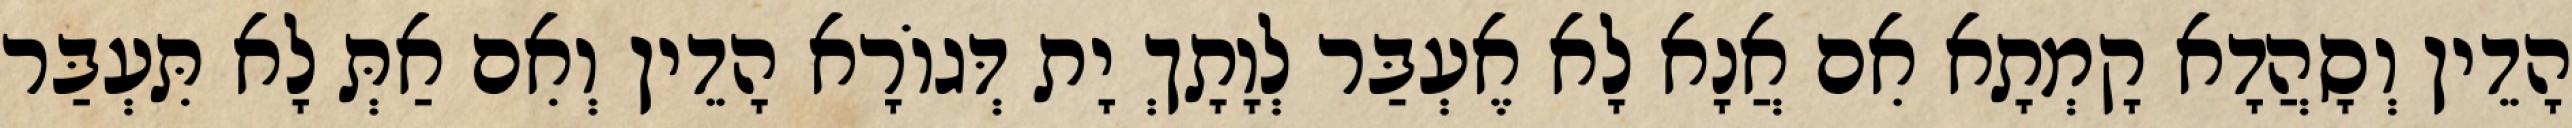
הָדֵין וְסָהֲדָא קָמְתָא אִם אֲנָא לָא אֶעְבַּר לְוָתָךְ יָת דְּגוֹרָא הָדֵין וְאִם אַתְּ לָא תִּעְבַּר